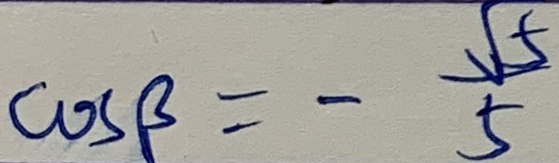
\cos \beta = - \frac { \sqrt { 5 } } { 5 }